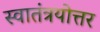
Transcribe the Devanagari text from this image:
स्वातंत्रयोत्तर